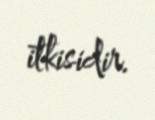
itkisidir.